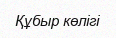
Құбыр көлігі